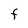
Character: F